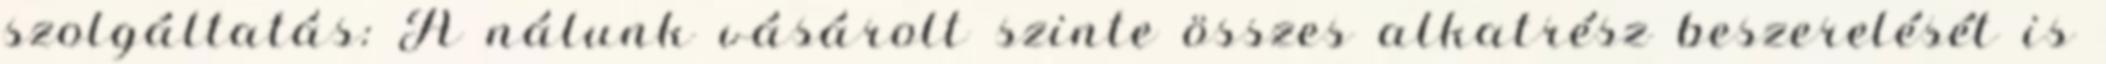
szolgáltatás: A nálunk vásárolt szinte összes alkatrész beszerelését is